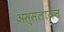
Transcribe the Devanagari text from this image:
अस्सलायन